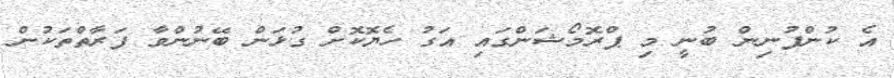
އެ ކުންފުނިން ބުނީ މި ޕްރޮމޯޝަންގައި އަގު ހެޔޮކޮށް ގުޅަން ބޭނުންވާ ފަރާތްތަކުން